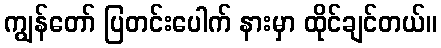
ကျွန်တော် ပြတင်းပေါက် နားမှာ ထိုင်ချင်တယ်။